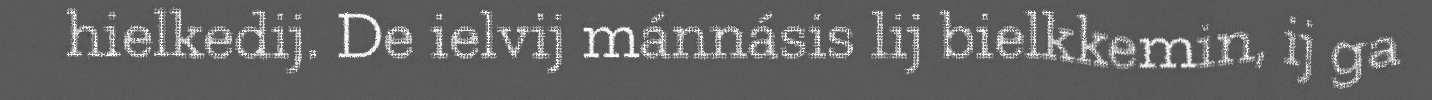
hielkedij. De ielvij mánnásis lij bielkkemin, ij ga